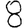
Digit: 8